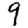
Digit: 9